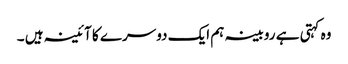
وہ کہتی ہے روبینہ ہم ایک دوسرے کا آئینہ ہیں ۔